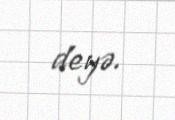
deyə.